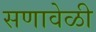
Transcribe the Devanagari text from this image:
सणावेळी